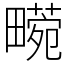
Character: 𤳙